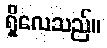
ရှိလေသည်။